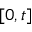
[ 0 , t ]